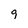
Character: 9